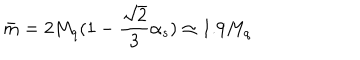
\bar { m } = 2 M _ { q } ( 1 - \frac { \sqrt { 2 } } { 3 } \alpha _ { s } ) \simeq 1 . 9 M _ { q }